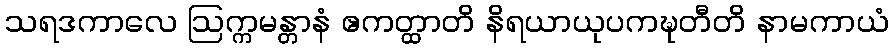
သရဒကာလေ ဩက္ကမန္တာနံ ဧကတ္ထာတိ နိရယာယုပကဍ္ဎတီတိ နာမကာယံ